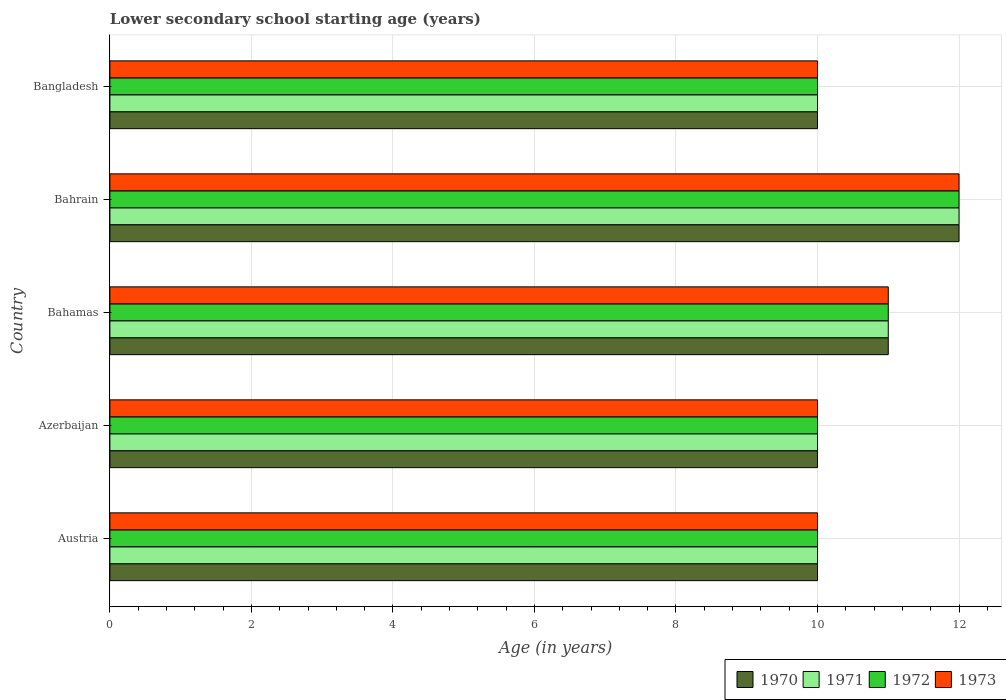
| Country | 1970 | 1971 | 1972 | 1973 |
 | --- | --- | --- | --- | --- |
 | Austria | 10 | 10 | 10 | 10 |
 | Azerbaijan | 10 | 10 | 10 | 10 |
 | Bahamas | 11 | 11 | 11 | 11 |
 | Bahrain | 12 | 12 | 12 | 12 |
 | Bangladesh | 10 | 10 | 10 | 10 |